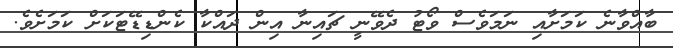
ބާއްވާނެ ކަމަށާއި ނަމަވެސް ވޯޓު ދެވޭނީ ޗައިނާ އިން ދައްކާ ކެންޑިޑޭޓަކަށް ކަމަށެވެ.